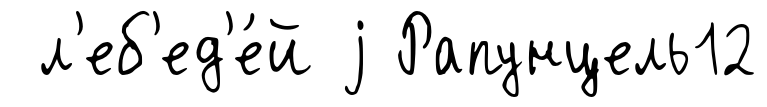
л'еб'ед'е́й j Рапунцель12